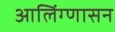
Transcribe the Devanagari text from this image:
आलिंग्णासन